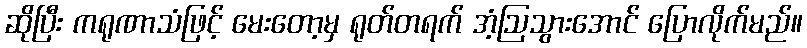
ဆိုပြီး ကရုဏာသံဖြင့် မေးတော့မှ ရုတ်တရက် အံ့ဩသွားအောင် ပြောလိုက်မည်။